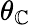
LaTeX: \theta_{\mathbb{C}}